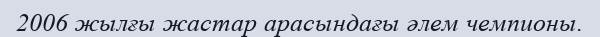
2006 жылғы жастар арасындағы әлем чемпионы.